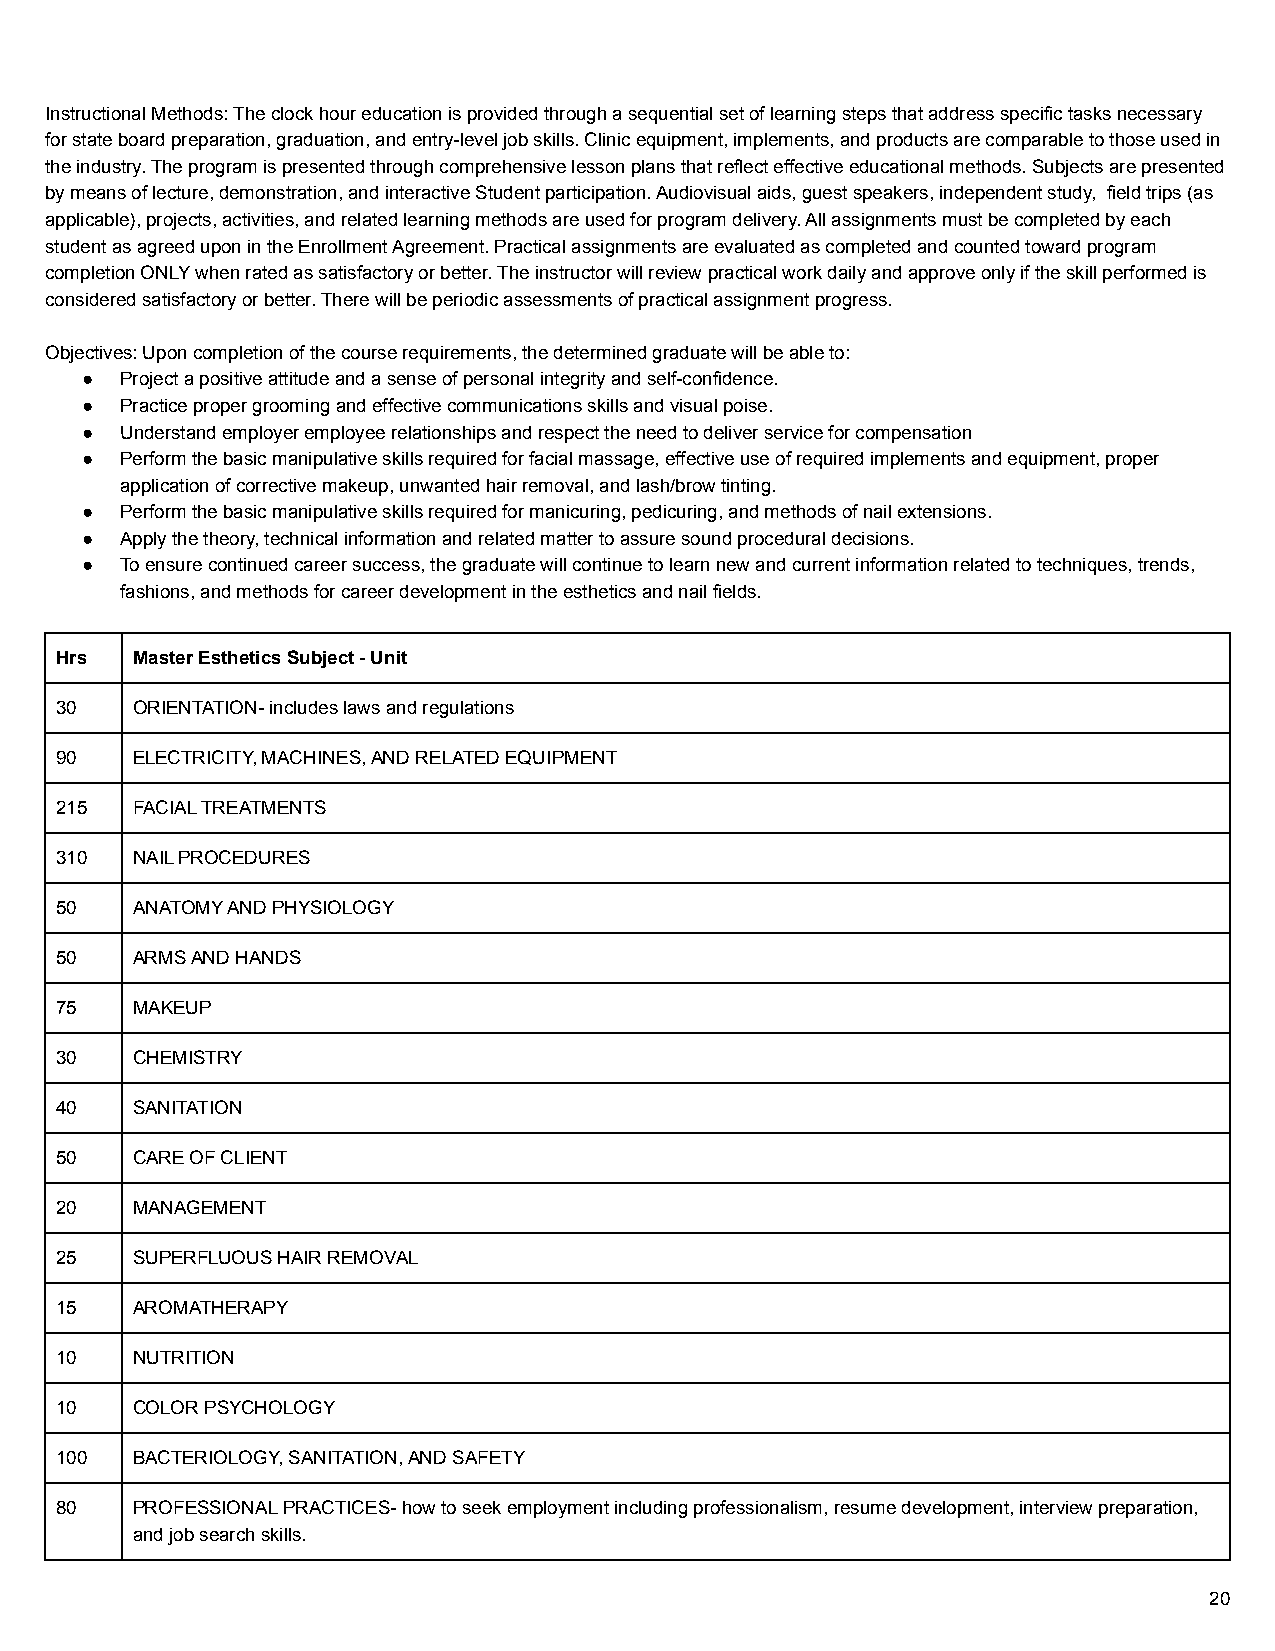
Instructional Methods: The clock hour education is provided through a sequential set of learning steps that address specific tasks necessary
 for state board preparation, graduation, and entry-level job skills. Clinic equipment, implements, and products are comparable to those used in
 the industry. The program is presented through comprehensive lesson plans that reflect effective educational methods. Subjects are presented
 by means of lecture, demonstration, and interactive Student participation. Audiovisual aids, guest speakers, independent study, field trips (as
 applicable), projects, activities, and related learning methods are used for program delivery. All assignments must be completed by each
 student as agreed upon in the Enrollment Agreement. Practical assignments are evaluated as completed and counted toward program
 completion ONLY when rated as satisfactory or better. The instructor will review practical work daily and approve only if the skill performed is
 considered satisfactory or better. There will be periodic assessments of practical assignment progress.
 Objectives: Upon completion of the course requirements, the determined graduate will be able to:
 ●  Project a positive attitude and a sense of personal integrity and self-confidence.
 ●  Practice proper grooming and effective communications skills and visual poise.
 ●  Understand employer employee relationships and respect the need to deliver service for compensation
 ●  Perform the basic manipulative skills required for facial massage, effective use of required implements and equipment, proper
 application of corrective makeup, unwanted hair removal, and lash/brow tinting.
 ●  Perform the basic manipulative skills required for manicuring, pedicuring, and methods of nail extensions.
 ●  Apply the theory, technical information and related matter to assure sound procedural decisions.
 ●  To ensure continued career success, the graduate will continue to learn new and current information related to techniques, trends,
 fashions, and methods for career development in the esthetics and nail fields.
 Hrs  Master Esthetics Subject - Unit
 30   ORIENTATION- includes laws and regulations
 90   ELECTRICITY, MACHINES, AND RELATED EQUIPMENT
 215  FACIAL TREATMENTS
 310  NAIL PROCEDURES
 50   ANATOMY AND PHYSIOLOGY
 50   ARMS AND HANDS
 75   MAKEUP
 30   CHEMISTRY
 40   SANITATION
 50   CARE OF CLIENT
 20   MANAGEMENT
 25   SUPERFLUOUS HAIR REMOVAL
 15   AROMATHERAPY
 10   NUTRITION
 10   COLOR PSYCHOLOGY
 100  BACTERIOLOGY, SANITATION, AND SAFETY
 80   PROFESSIONAL PRACTICES- how to seek employment including professionalism, resume development, interview preparation,
 and job search skills.
 20